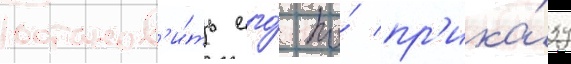
останов'и́ть его́ по́ пр'ика́зу